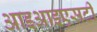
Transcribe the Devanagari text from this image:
आइआइएसटी